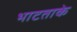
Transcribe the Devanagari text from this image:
भाटताके